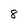
Character: 8